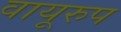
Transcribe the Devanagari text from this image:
वायूरुप